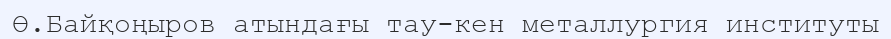
Ө.Байқоңыров атындағы тау-кен металлургия институты